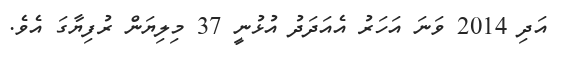
އަދި 2014 ވަނަ އަހަރު އެއަދަދު އުޅުނީ 37 މިލިޔަން ރުފިޔާގަ އެވެ.